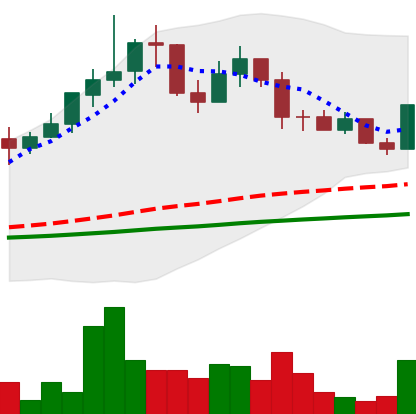
Ticker: LINK-USD
Chart end date: 2019-06-05
Forward return: 10.639%
Label: up_7plus